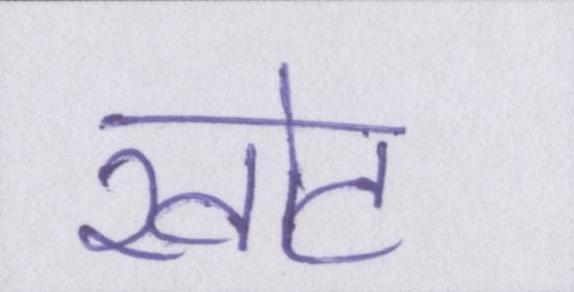
खोट